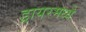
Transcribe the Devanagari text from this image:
ड्रायरमध्ये